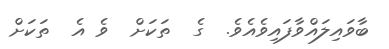
ބާވައިލައްވާފައިވެއެވެ.  ގެ  ތަކަށް  ވެ އެ  ތަކަށް